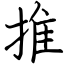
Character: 推